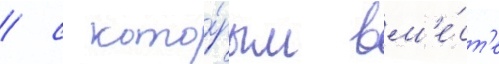
/ с кото́рым вм'е́ст'е